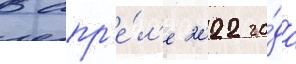
В апр'е́л'е 2022 го́да